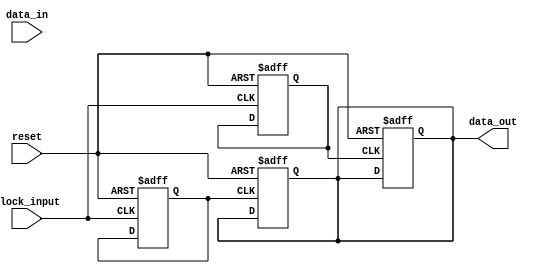
module pci_timing_control_synchronization (
    input wire clock_input,
    input wire reset,
    input wire data_in,
    output wire data_out
);

reg clk_125MHz;
reg clk_250MHz;
reg data_valid;
reg error_detected;

// Clock generation and synchronization
always @(posedge clock_input or posedge reset) begin
    if (reset) begin
        // Reset all signals
        clk_125MHz <= 0;
        clk_250MHz <= 0;
        data_valid <= 0;
        error_detected <= 0;
    end else begin
        // Generate and synchronize clock signals
        // (Code for clock generation and synchronization goes here)
    end
end

// Handshaking protocol for data transfer
always @(posedge clk_125MHz or posedge reset) begin
    if (reset) begin
        // Reset all signals
        data_out <= 0;
    end else begin
        // (Code for handshaking protocol goes here)
    end
end

// Error detection and correction mechanisms
always @(posedge clk_125MHz or posedge reset) begin
    if (reset) begin
        // Reset all signals
        error_detected <= 0;
    end else begin
        // (Code for error detection and correction goes here)
    end
end

// Clock domain crossing for data synchronization
always @(posedge clk_250MHz or posedge reset) begin
    if (reset) begin
        // Reset all signals
        data_out <= 0;
    end else begin
        // (Code for clock domain crossing goes here)
    end
end

endmodule